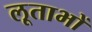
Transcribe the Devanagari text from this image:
लूताभों